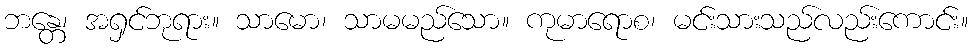
ဘန္တေ၊ အရှင်ဘုရား။ သာမော၊ သာမမည်သော။ ကုမာရောစ၊ မင်းသားသည်လည်းကောင်း။